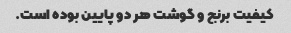
کیفیت برنج و گوشت هر دو پایین بوده است.